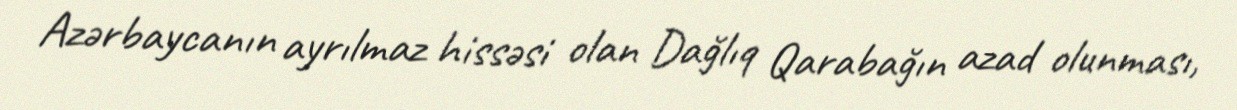
Azərbaycanın ayrılmaz hissəsi olan Dağlıq Qarabağın azad olunması,